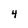
Character: 4